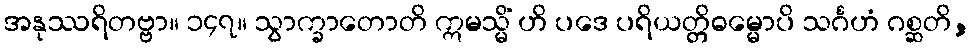
အနုဿရိတဗ္ဗာ။ ၁၄၇။ သွာက္ခာတောတိ ဣမသ္မိံ ဟိ ပဒေ ပရိယတ္တိဓမ္မောပိ သင်္ဂဟံ ဂစ္ဆတိ,